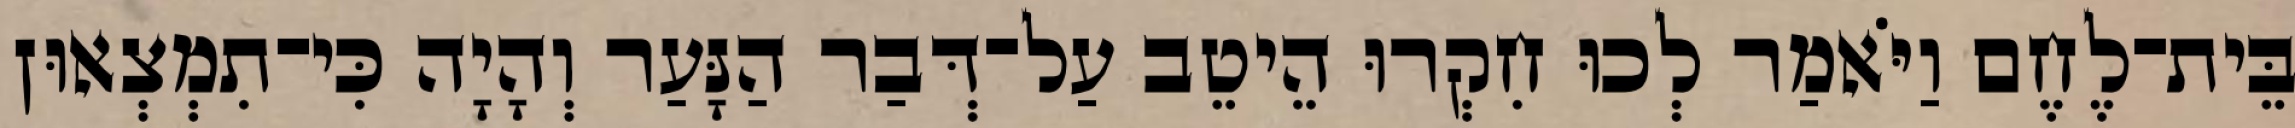
בֵּית־לֶחֶם וַיֹּאמַר לְכוּ חִקְרוּ הֵיטֵב עַל־דְּבַר הַנָּעַר וְהָיָה כִּי־תִמְצְאוּן